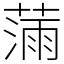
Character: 𫉗